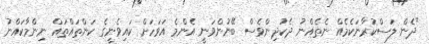
"ދެން ލަސްކުރާނަކެމެއް ނެތެއްނު ދެކުދިންވެސް ބޭނުންވަނީ އެންމެ އަވަހަށް ކައިވެނީގެ ކަންތައްތައް ނިންމާކައްނު